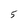
Character: 5